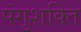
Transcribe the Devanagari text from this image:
पंगुशक्ति